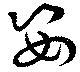
姿